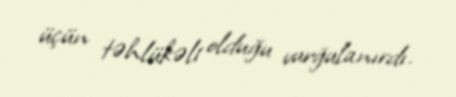
üçün təhlükəli olduğu vurğulanırdı.